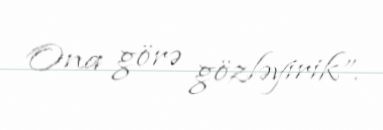
Ona görə gözləyirik”.